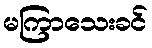
မကြာသေးခင်